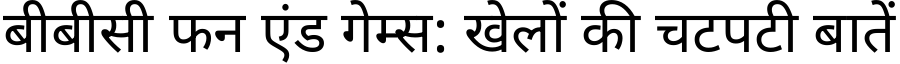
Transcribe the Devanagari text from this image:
बीबीसी फन एंड गेम्स: खेलों की चटपटी बातें